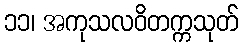
၁၁၊ အကုသလဝိတက္ကသုတ်